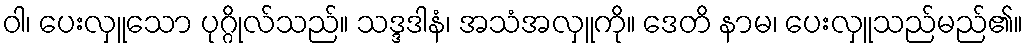
ဝါ၊ ပေးလှူသော ပုဂ္ဂိုလ်သည်။ သဒ္ဒဒါနံ၊ အသံအလှူကို။ ဒေတိ နာမ၊ ပေးလှူသည်မည်၏။